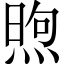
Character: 煦